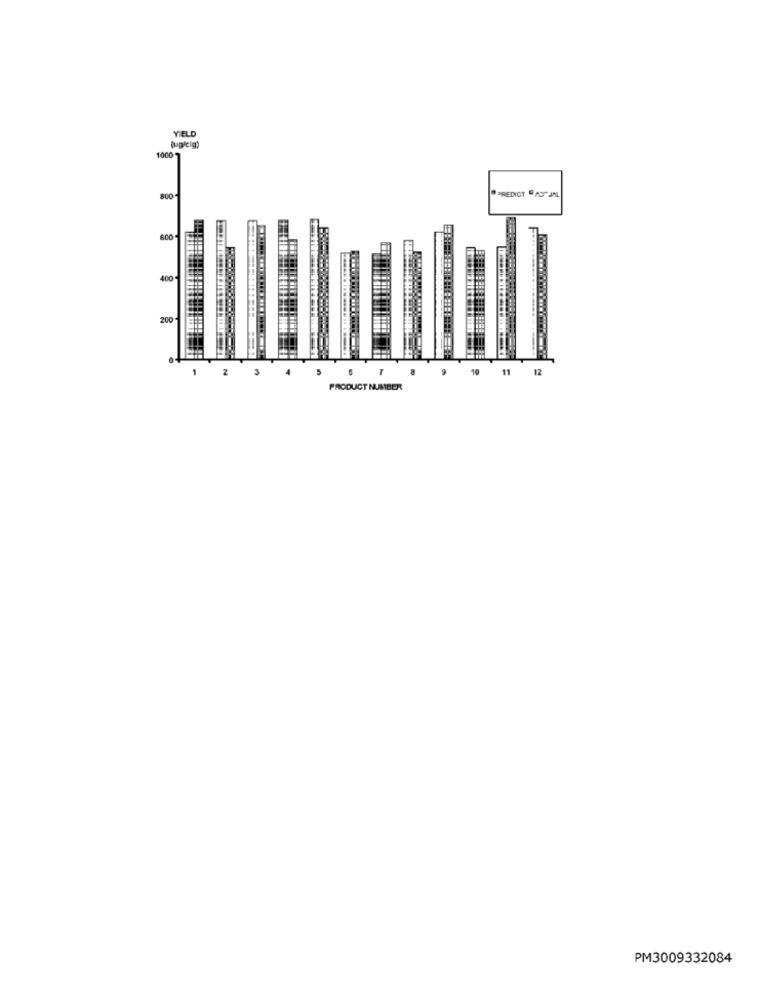
YIELD
(upicig)
1000
PREDICT DADJ
600
400
200
1 2 3
2
4
5
10
11
12
PRODUCT NUMBER
PM3009332084